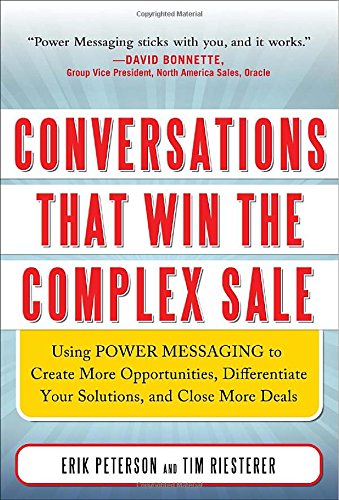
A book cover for Conversations That Win the Complex Sale:  Using Power Messaging to Create More Opportunities, Differentiate your Solutions, and Close More Deals; Erik Peterson; Business & Money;